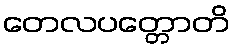
တေလပတ္တောတိ